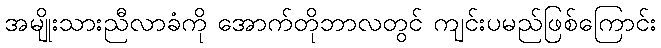
အမျိုးသားညီလာခံကို အောက်တိုဘာလတွင် ကျင်းပမည်ဖြစ်ကြောင်း